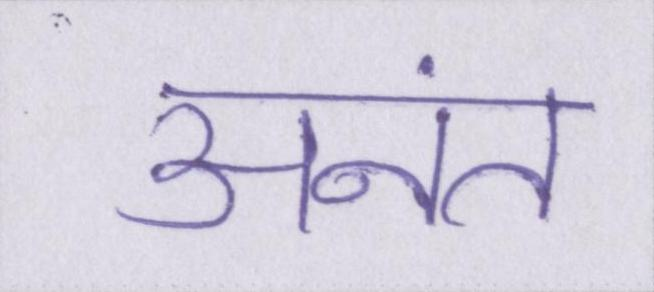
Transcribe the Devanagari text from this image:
अनंत